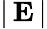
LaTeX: \left|\, \mathbf{E}\, \right|